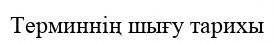
Терминнің шығу тарихы